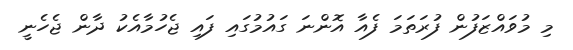
މި މުވައްޒަފުން ފުރަތަމަ ފެއާ އޮންނަ ގައުމުގައި ފައި ޖެހުމާއެކު ދާން ޖެހެނީ